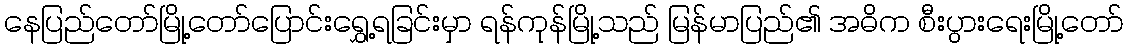
နေပြည်တော်မြို့တော်ပြောင်းရွှေ့ရခြင်းမှာ ရန်ကုန်မြို့သည် မြန်မာပြည်၏ အဓိက စီးပွားရေးမြို့တော်